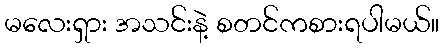
မလေးရှား အသင်းနဲ့ စတင်ကစားရပါမယ်။